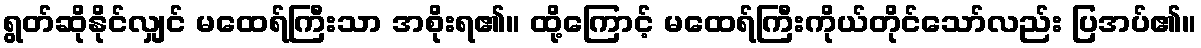
ရွတ်ဆိုနိုင်လျှင် မထေရ်ကြီးသာ အစိုးရ၏။ ထို့ကြောင့် မထေရ်ကြီးကိုယ်တိုင်သော်လည်း ပြအပ်၏။